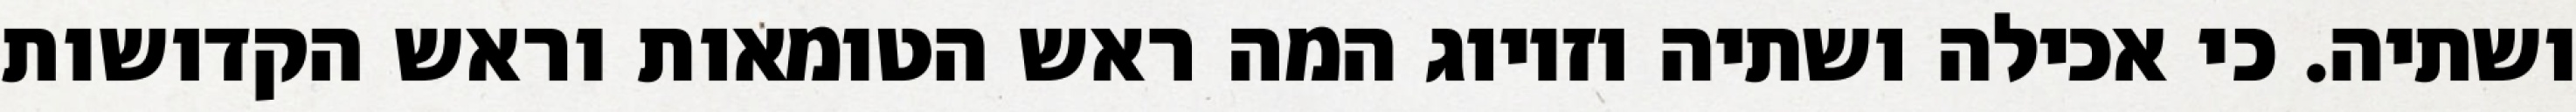
ושתיה. כי אכילה ושתיה וזיווג המה ראש הטומאות וראש הקדושות